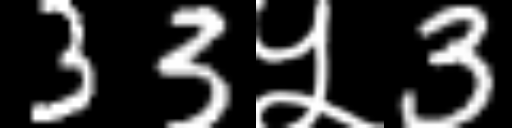
Text: 33५3